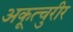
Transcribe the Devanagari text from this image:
अकूत्चुरीर